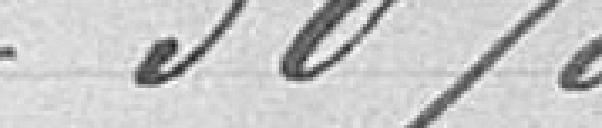
50 %